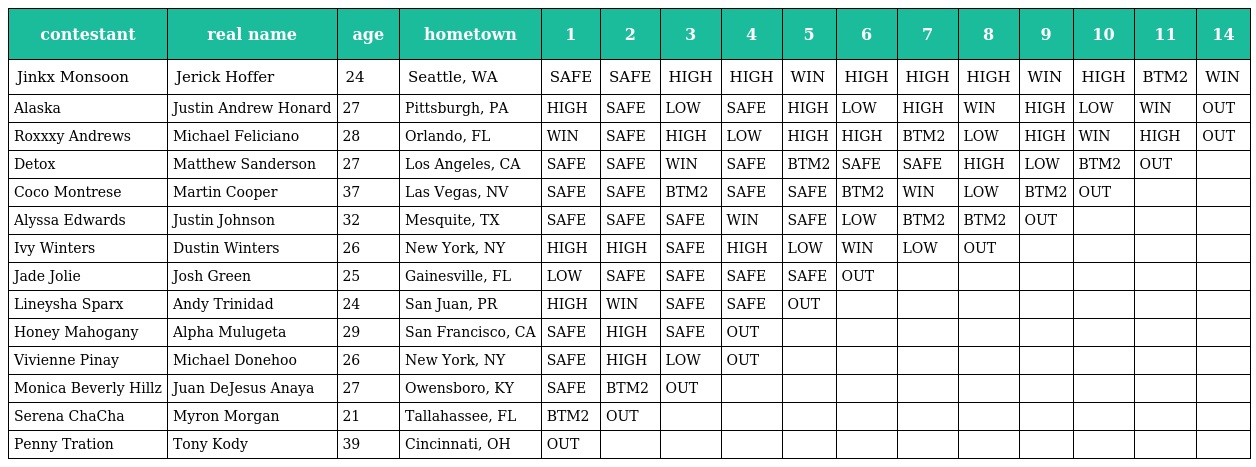
| contestant | real name | age | hometown | 1 | 2 | 3 | 4 | 5 | 6 | 7 | 8 | 9 | 10 | 11 | 14 |
 | --- | --- | --- | --- | --- | --- | --- | --- | --- | --- | --- | --- | --- | --- | --- | --- |
 | Jinkx Monsoon | Jerick Hoffer | 24 | Seattle, WA | SAFE | SAFE | HIGH | HIGH | WIN | HIGH | HIGH | HIGH | WIN | HIGH | BTM2 | WIN |
 | Alaska | Justin Andrew Honard | 27 | Pittsburgh, PA | HIGH | SAFE | LOW | SAFE | HIGH | LOW | HIGH | WIN | HIGH | LOW | WIN | OUT |
 | Roxxxy Andrews | Michael Feliciano | 28 | Orlando, FL | WIN | SAFE | HIGH | LOW | HIGH | HIGH | BTM2 | LOW | HIGH | WIN | HIGH | OUT |
 | Detox | Matthew Sanderson | 27 | Los Angeles, CA | SAFE | SAFE | WIN | SAFE | BTM2 | SAFE | SAFE | HIGH | LOW | BTM2 | OUT |  |
 | Coco Montrese | Martin Cooper | 37 | Las Vegas, NV | SAFE | SAFE | BTM2 | SAFE | SAFE | BTM2 | WIN | LOW | BTM2 | OUT |  |  |
 | Alyssa Edwards | Justin Johnson | 32 | Mesquite, TX | SAFE | SAFE | SAFE | WIN | SAFE | LOW | BTM2 | BTM2 | OUT |  |  |  |
 | Ivy Winters | Dustin Winters | 26 | New York, NY | HIGH | HIGH | SAFE | HIGH | LOW | WIN | LOW | OUT |  |  |  |  |
 | Jade Jolie | Josh Green | 25 | Gainesville, FL | LOW | SAFE | SAFE | SAFE | SAFE | OUT |  |  |  |  |  |  |
 | Lineysha Sparx | Andy Trinidad | 24 | San Juan, PR | HIGH | WIN | SAFE | SAFE | OUT |  |  |  |  |  |  |  |
 | Honey Mahogany | Alpha Mulugeta | 29 | San Francisco, CA | SAFE | HIGH | SAFE | OUT |  |  |  |  |  |  |  |  |
 | Vivienne Pinay | Michael Donehoo | 26 | New York, NY | SAFE | HIGH | LOW | OUT |  |  |  |  |  |  |  |  |
 | Monica Beverly Hillz | Juan DeJesus Anaya | 27 | Owensboro, KY | SAFE | BTM2 | OUT |  |  |  |  |  |  |  |  |  |
 | Serena ChaCha | Myron Morgan | 21 | Tallahassee, FL | BTM2 | OUT |  |  |  |  |  |  |  |  |  |  |
 | Penny Tration | Tony Kody | 39 | Cincinnati, OH | OUT |  |  |  |  |  |  |  |  |  |  |  |